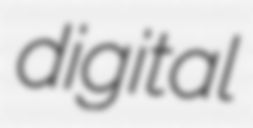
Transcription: digital